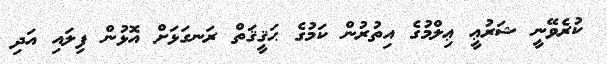
ކުރެވޭނީ ޝަރުޢީ ޢިލްމުގެ އިތުރުން ކަމުގެ ޙަޤީޤަތް ރަނގަޅަށް އޮޅުން ފިލައި އަދި